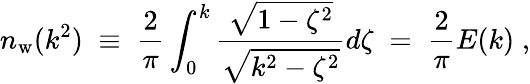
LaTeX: n_{\mathrm{w}}(k^{2})\; \equiv\; {\frac{2}{\pi}}\int_{0}^{k}{\frac{\sqrt{1-\zeta^{2}}}{\sqrt{k^{2}-\zeta^{2}}}}d\zeta\; =\; {\frac{2}{\pi}}E(k)\; ,